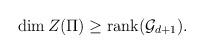
LaTeX: \begin{align*}\dim Z(\Pi)\geq {\rm rank}({\cal G}_{d+1}).\end{align*}